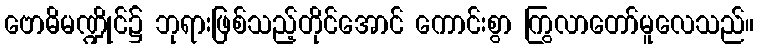
ဗောဓိမဏ္ဍိုင်၌ ဘုရားဖြစ်သည့်တိုင်အောင် ကောင်းစွာ ကြွလာတော်မူလေသည်။